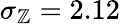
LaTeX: \sigma_{\mathbb{Z}}=2.12